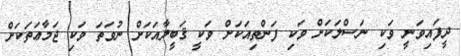
ދީފައިވަނީ ވަކި ނަސްލަކަށް ވަކި ފަންތިއަކަށް ވަކީ ޤަބީލާއަކަށް ނުވަތަ ވަކި ޖަމާޢަތަކަށް